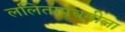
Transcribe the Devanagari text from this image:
ललितापंचमीला